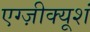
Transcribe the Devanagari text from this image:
एग्ज़ीक्यूशं